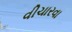
વીચારવા